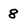
Character: 8